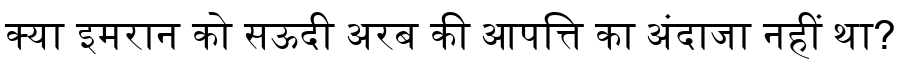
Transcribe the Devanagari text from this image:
क्या इमरान को सऊदी अरब की आपत्ति का अंदाजा नहीं था?